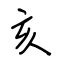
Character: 亥